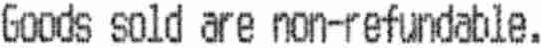
GOODS SOLD ARE NON-REFUNDABLE.